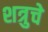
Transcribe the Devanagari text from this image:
शत्रुचे